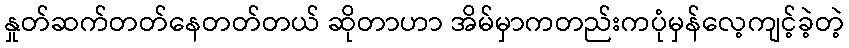
နှုတ်ဆက်တတ်နေတတ်တယ် ဆိုတာဟာ အိမ်မှာကတည်းကပုံမှန်လေ့ကျင့်ခဲ့တဲ့